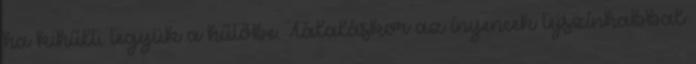
ha kihűlt, tegyük a hűtőbe. Tálaláskor az ínyencek tejszínhabbal